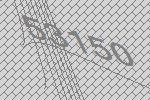
53150